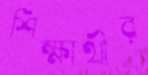
শিক্ষাথীর